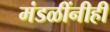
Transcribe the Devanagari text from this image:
मंडळींनीही